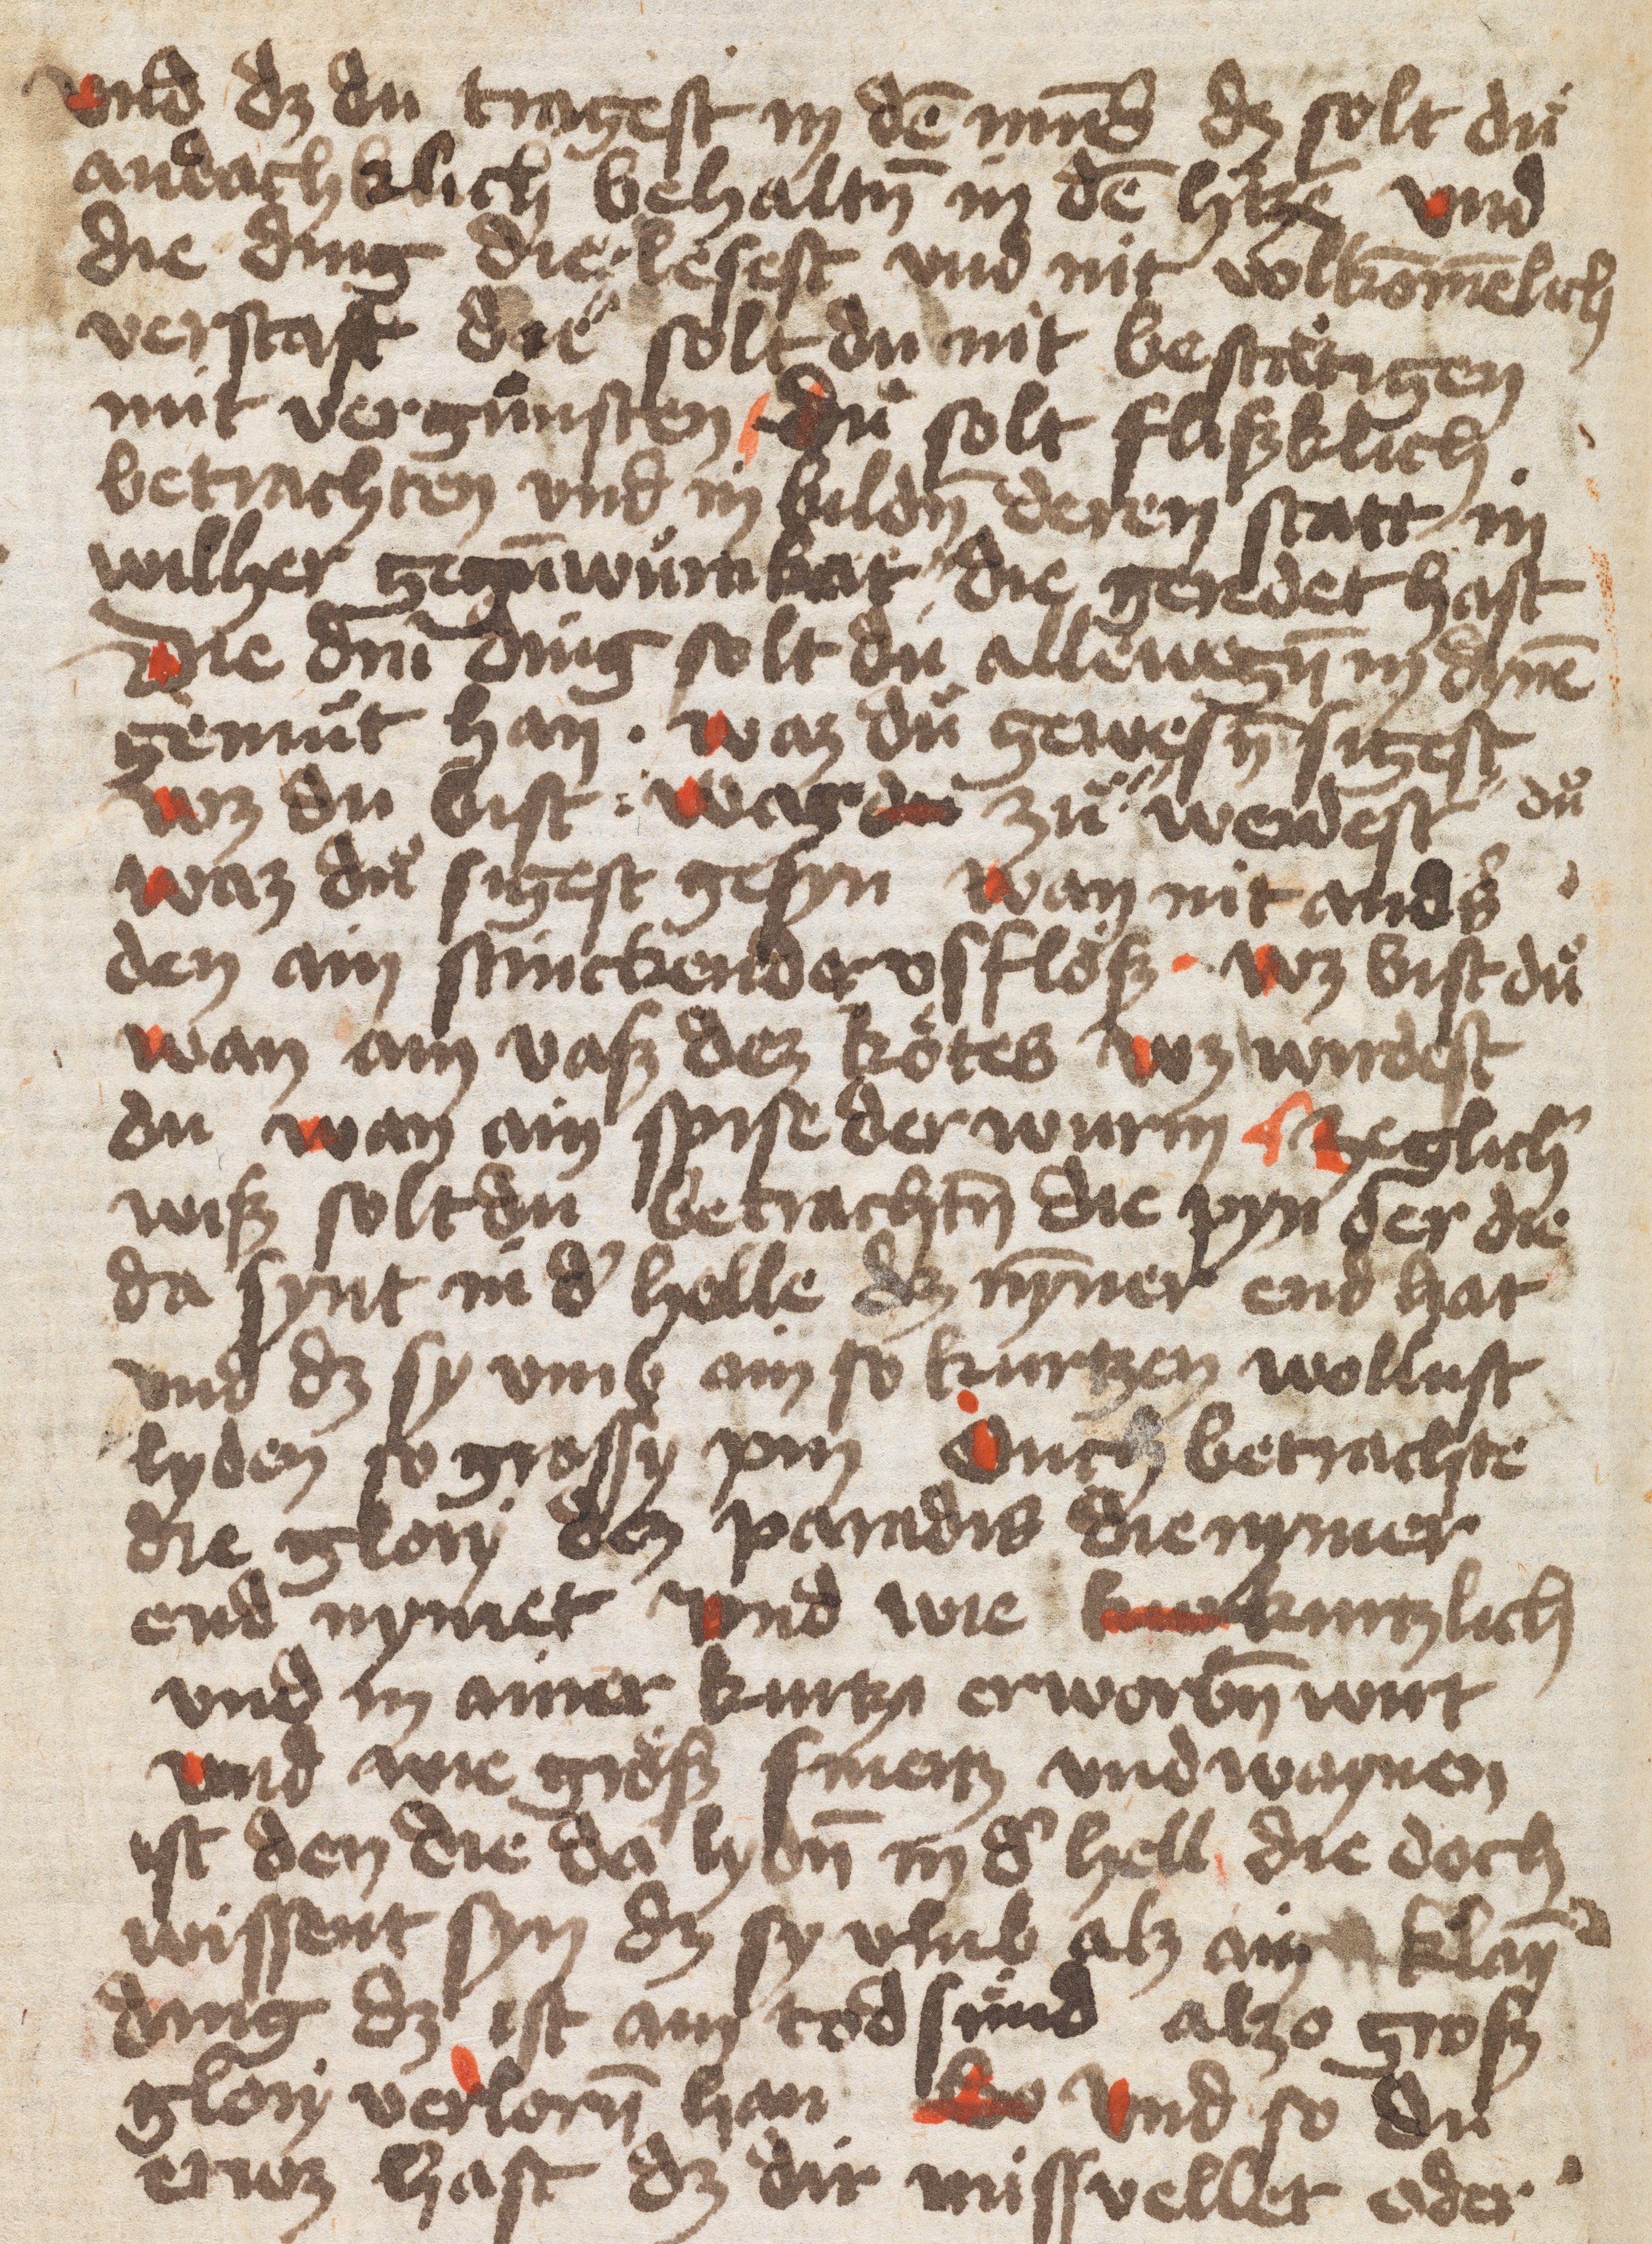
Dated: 1400–1499